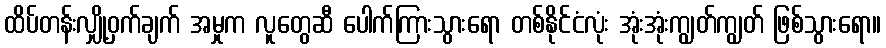
ထိပ်တန်းလျှို့ဝှက်ချက် အမှုက လူတွေဆီ ပေါက်ကြားသွားရော တစ်နိုင်ငံလုံး အုံးအုံးကျွတ်ကျွတ် ဖြစ်သွားရော။